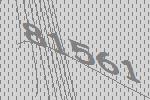
81561